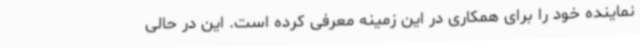
نماینده خود را برای همکاری در این زمینه معرفی کرده است. این در حالی